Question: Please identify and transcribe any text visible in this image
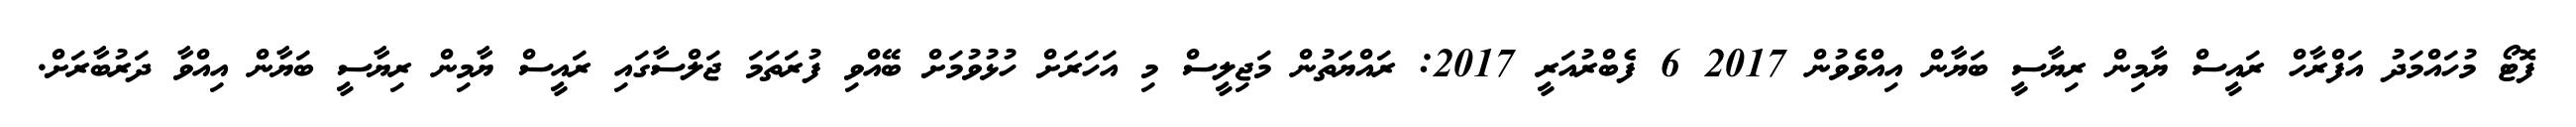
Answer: ފޮޓޯ މުހައްމަދު އަފްރާހް ރައީސް ޔާމިން ރިޔާސީ ބަޔާން އިއްވެވުން 2017 6 ފެބްރުއަރީ 2017: ރައްޔަތުން މަޖިލީސް މި އަހަރަށް ހުޅުވުމަށް ބޭއްވި ފުރަތަމަ ޖަލްސާގައި ރައީސް ޔާމިން ރިޔާސީ ބަޔާން އިއްވާ ދަރުބާރަށް.